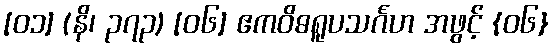
[၀၁] (နိ၊ ၃၇၃) [၀၆] ဧကဝိဓရူပသင်္ဂဟ အဖွင့် {၀၆}